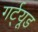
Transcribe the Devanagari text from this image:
गर्ट्‌यूड